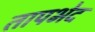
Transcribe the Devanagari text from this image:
तापभेद